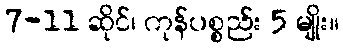
7-11 ဆိုင်၊ ကုန်ပစ္စည်း 5 မျိုး။